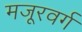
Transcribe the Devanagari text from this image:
मजूरवर्ग